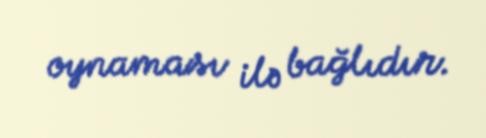
oynaması ilə bağlıdır.